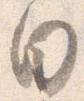
日